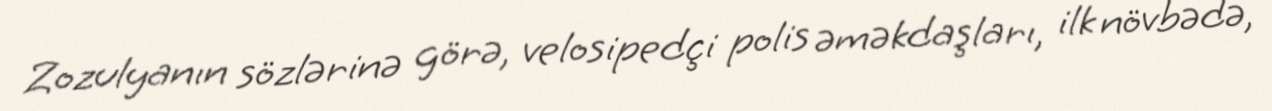
Zozulyanın sözlərinə görə, velosipedçi polis əməkdaşları, ilk növbədə,